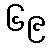
၆၉